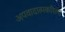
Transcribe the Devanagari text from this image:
अपवादात्मकरित्या